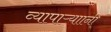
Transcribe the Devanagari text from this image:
व्यापाऱ्याानी